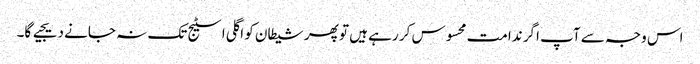
اس وجہ سے آپ اگر ندامت محسوس کر رہے ہیں تو پھر شیطان کو اگلی اسٹیج تک نہ جانے دیجیے گا۔